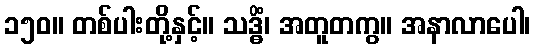
၁၅၀။ တစ်ပါးတို့နှင့်။ သဒ္ဓိံ၊ အတူတကွ။ အနာလာပေါ၊